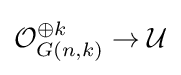
{\mathcal {O}}_{G(n,k)}^{\oplus k}\to {\mathcal {U}}